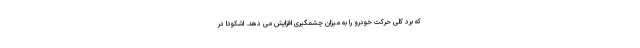
که برد کلی حرکت خودرو را به میزان چشمگیری افزایش می دهد. اشکودا در